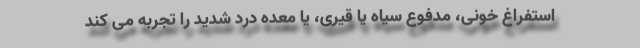
استفراغ خونی، مدفوع سیاه یا قیری، یا معده درد شدید را تجربه می کند